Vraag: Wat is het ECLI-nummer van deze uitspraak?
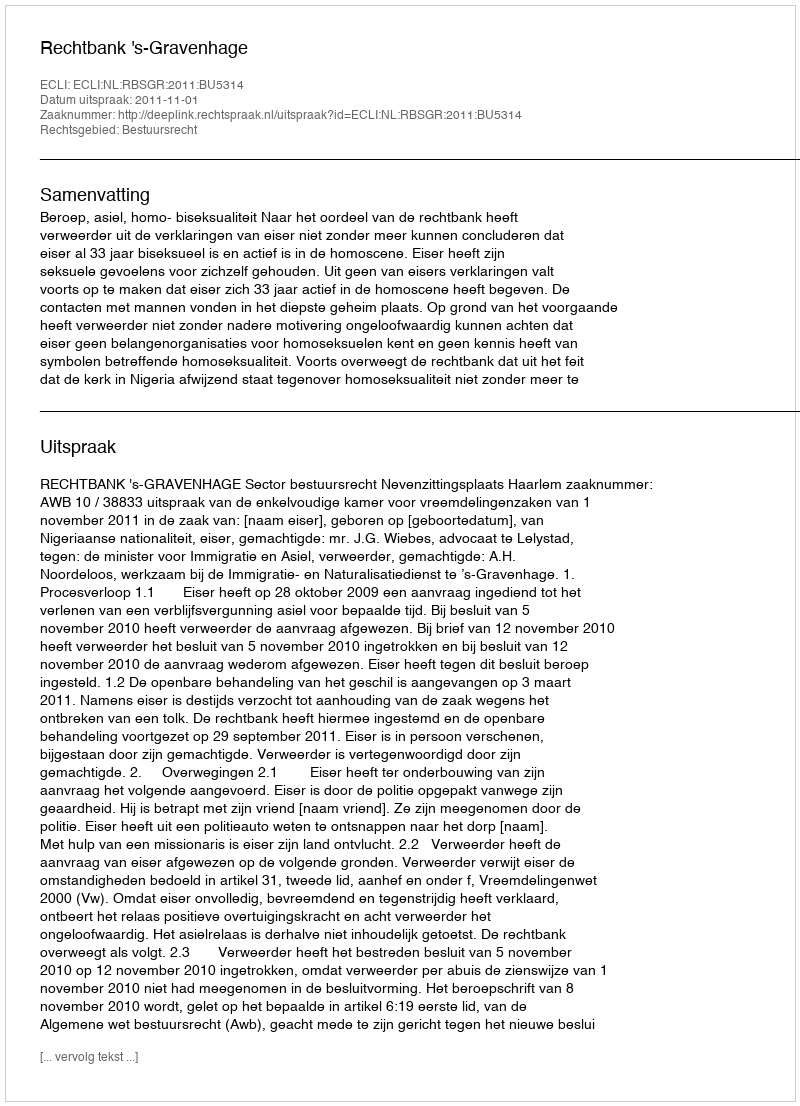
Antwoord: ECLI:NL:RBSGR:2011:BU5314